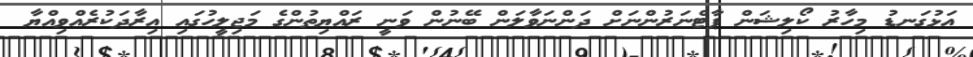
އަޅުގަނޑު މިހާރު ކޯލިޝަން ޕާޓްނަރުންނަށް ދަންނަވާލަން ބޭނުން ވަނީ ރައްޔިތުންގެ މަޖިލީހުގައި އިރާދަކުރެއްވިއްޔާ